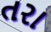
તરા